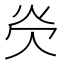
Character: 𪸖